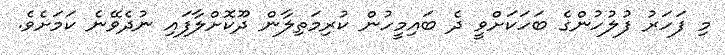
މި ފަހަރު ފުލުހުންގެ ބަހަކަށްވީ ދެ ބައިމީހުން ކުރިމަތިލާން ދޫކޮށްލާފައި ނުދެވޭނެ ކަމަށެވެ.